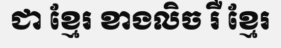
ជា ខ្មែរ ខាងលិច រឺ ខ្មែរ